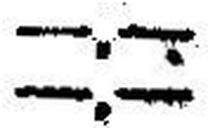
—.—